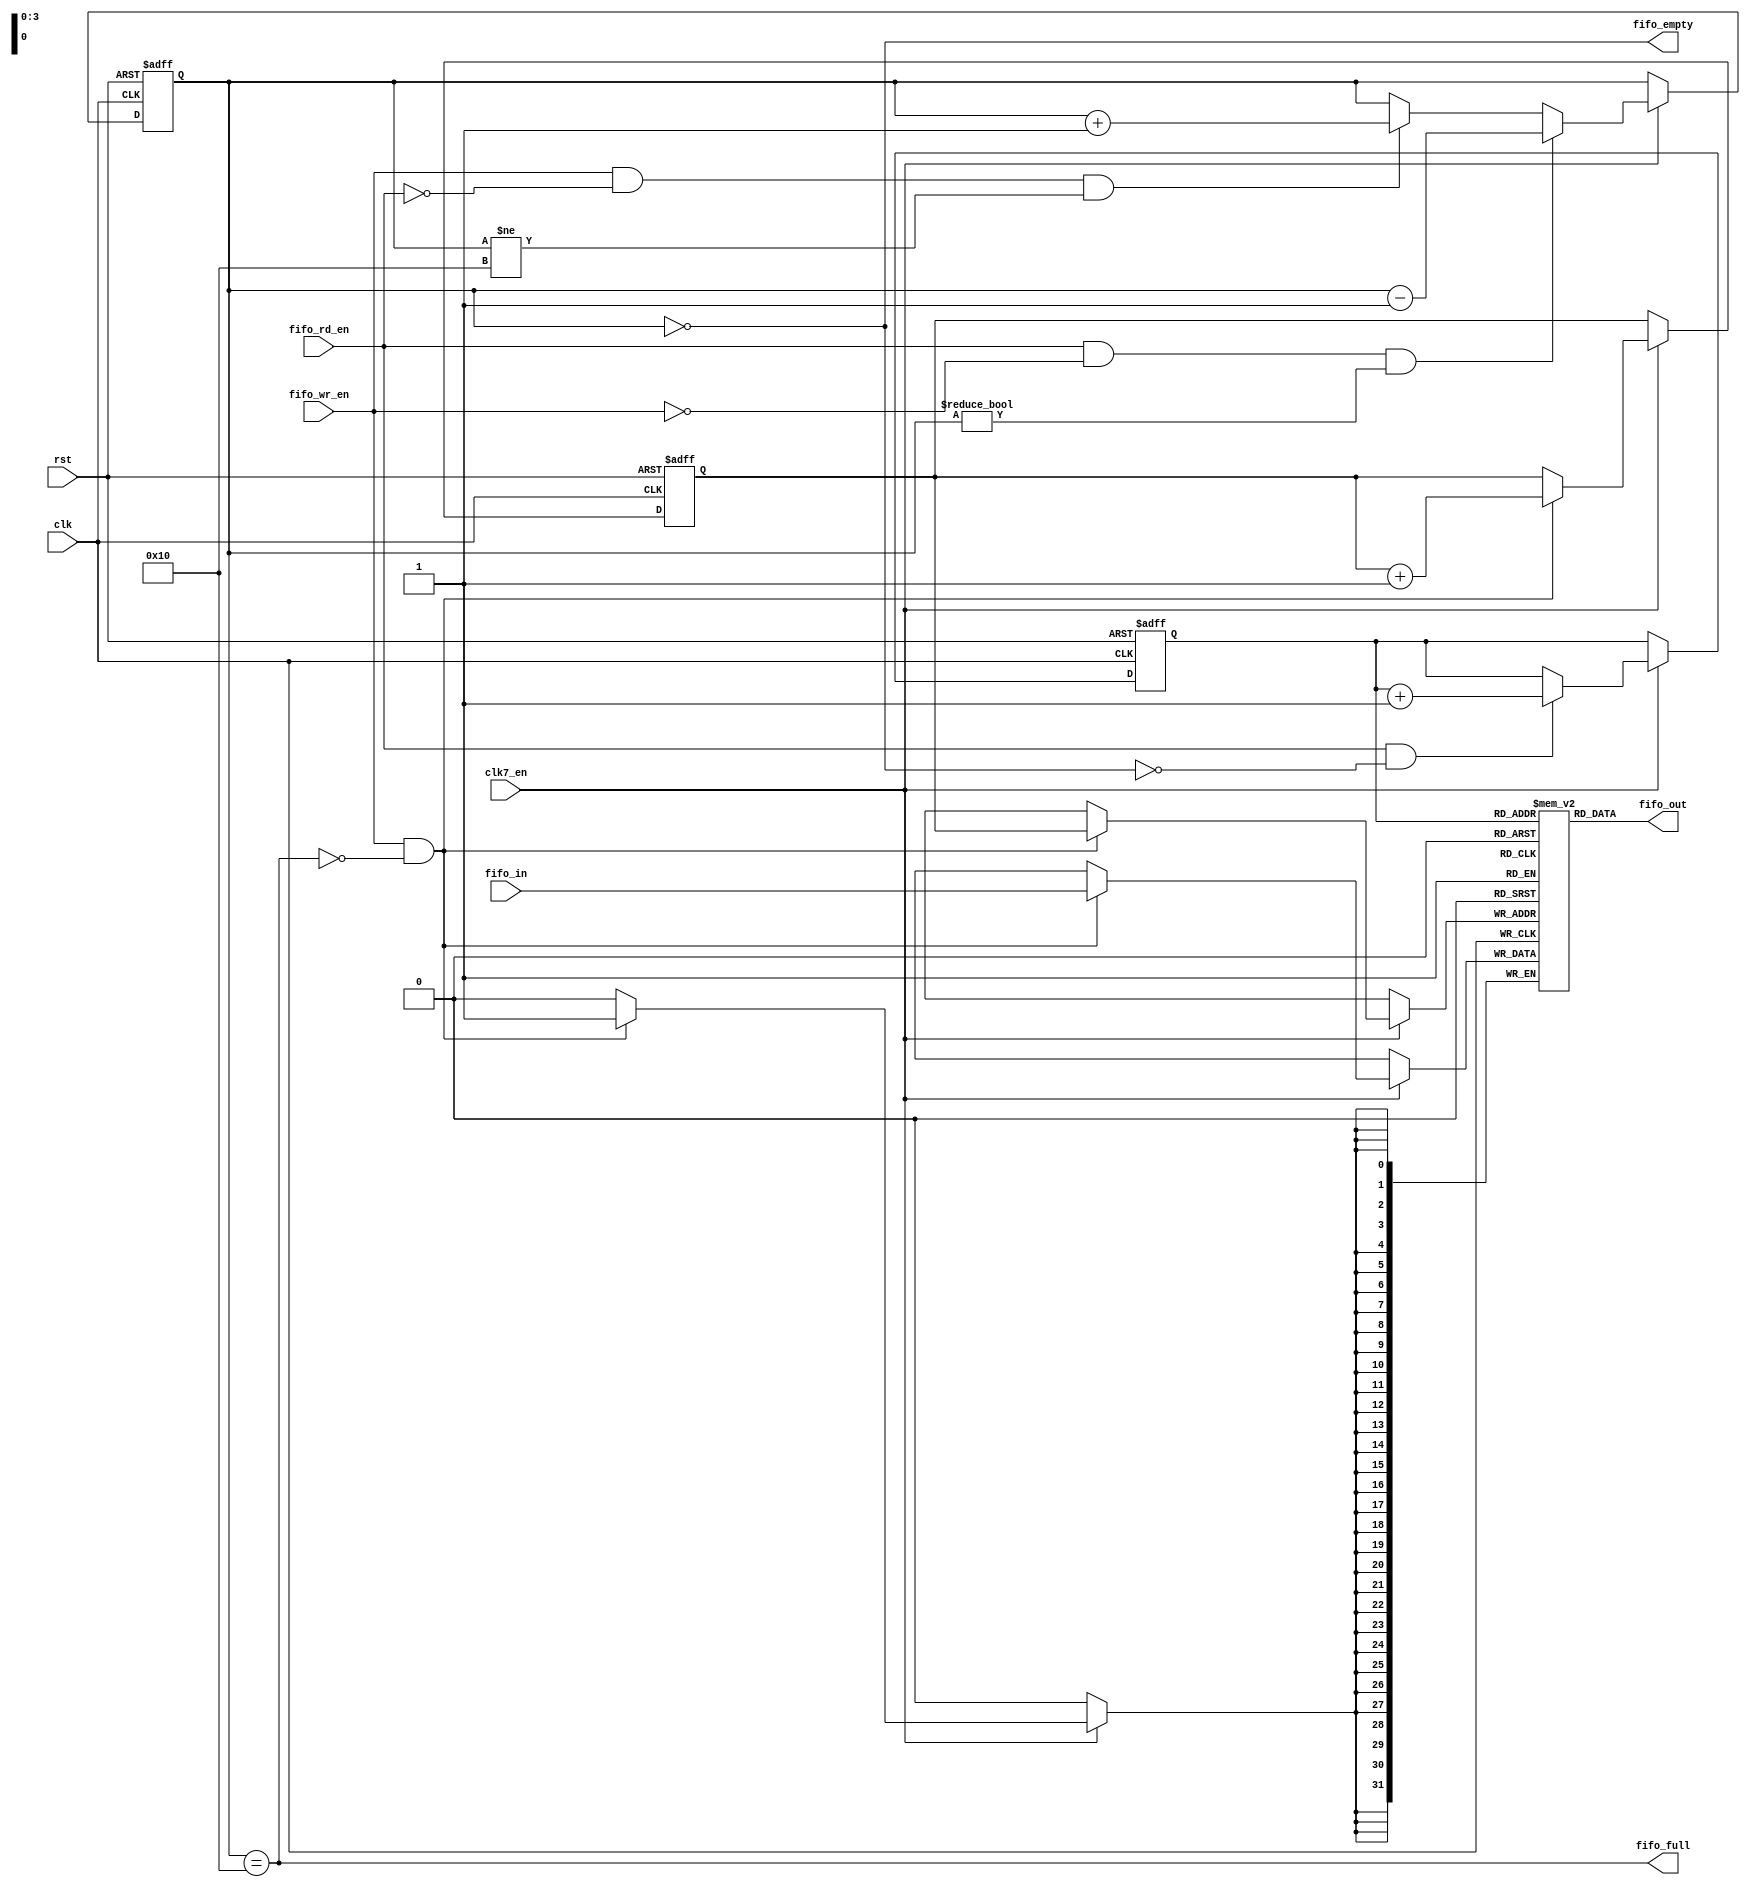
module sync_fifo #(
  parameter FD    = 16,               // fifo depth
  parameter DW    = 32                // data width
)(
  // system
  input  wire           clk,          // clock
  input  wire           clk7_en,      // 7MHz clock enable
  input  wire           rst,          // reset
  // fifo input / output
  input  wire [ DW-1:0] fifo_in,      // write data
  output wire [ DW-1:0] fifo_out,     // read data
  // fifo control
  input  wire           fifo_wr_en,   // fifo write enable
  input  wire           fifo_rd_en,   // fifo read enable
  // fifo status
  output wire           fifo_full,    // fifo full
  output wire           fifo_empty    // fifo empty
);



////////////////////////////////////////
// log function                       //
////////////////////////////////////////

function integer CLogB2;
  input [31:0] d;
  integer i;
begin
  i = d;
  for(CLogB2 = 0; i > 0; CLogB2 = CLogB2 + 1) i = i >> 1;
end
endfunction



////////////////////////////////////////
// local parameters                   //
////////////////////////////////////////

localparam FCW = CLogB2(FD-1) + 1;
localparam FPW = CLogB2(FD-1);



////////////////////////////////////////
// local signals                      //
////////////////////////////////////////

// fifo counter
reg  [FCW-1:0] fifo_cnt;

// fifo write & read pointers
reg  [FPW-1:0] fifo_wp, fifo_rp;

// fifo memory
reg  [ DW-1:0] fifo_mem [0:FD-1];



////////////////////////////////////////
// logic                              //
////////////////////////////////////////

// FIFO write pointer
always @ (posedge clk or posedge rst) begin
  if (rst)
    fifo_wp <= #1 1'b0;
  else if (clk7_en) begin
    if (fifo_wr_en && !fifo_full)
      fifo_wp <= #1 fifo_wp + 1'b1;
  end
end


// FIFO write
always @ (posedge clk) begin
  if (clk7_en) begin
    if (fifo_wr_en && !fifo_full) fifo_mem[fifo_wp] <= #1 fifo_in;
  end
end


// FIFO counter
always @ (posedge clk or posedge rst) begin
  if (rst)
    fifo_cnt <= #1 'd0;
  // read & no write
  else if (clk7_en) begin
    if (fifo_rd_en && !fifo_wr_en && (fifo_cnt != 'd0))
      fifo_cnt <= #1 fifo_cnt - 'd1;
    // write & no read
    else if (fifo_wr_en && !fifo_rd_en && (fifo_cnt != FD))
      fifo_cnt <= #1 fifo_cnt + 'd1;
  end
end


// FIFO full & empty
assign fifo_full  = (fifo_cnt == (FD));
assign fifo_empty = (fifo_cnt == 'd0);


// FIFO read pointer
always @ (posedge clk or posedge rst) begin
  if (rst)
    fifo_rp <= #1 1'b0;
  else if (clk7_en) begin
    if (fifo_rd_en && !fifo_empty)
      fifo_rp <= #1 fifo_rp + 1'b1;
  end
end


// FIFO read
assign fifo_out = fifo_mem[fifo_rp];


endmodule